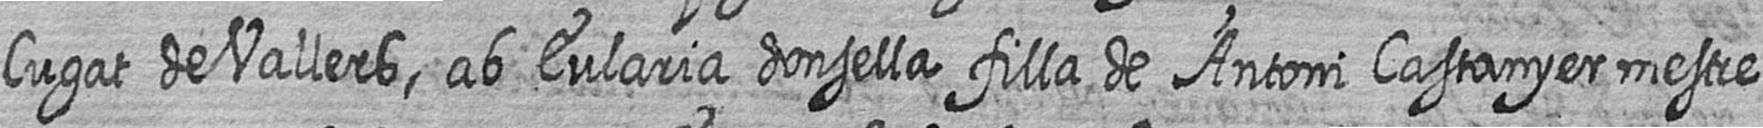
Cugat de Vallers ab Eularia donsella filla de Antoni Castanyer mestre